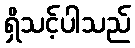
ရှိသင့်ပါသည်